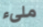
ملىء